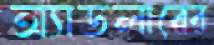
অ্যাডলারের